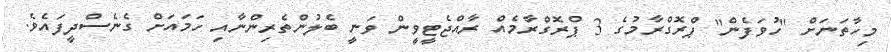
މިހާތަނަށް "ހުވަފެން" ޕްރޮގްރާމުގެ 3 ޕްރޮގްރާމެއް ރާއްޖެޓީވީން ވަނީ ބެލުންތެރިންނާއި ހަމައަށް ގެނެސްދީފައެވެ.